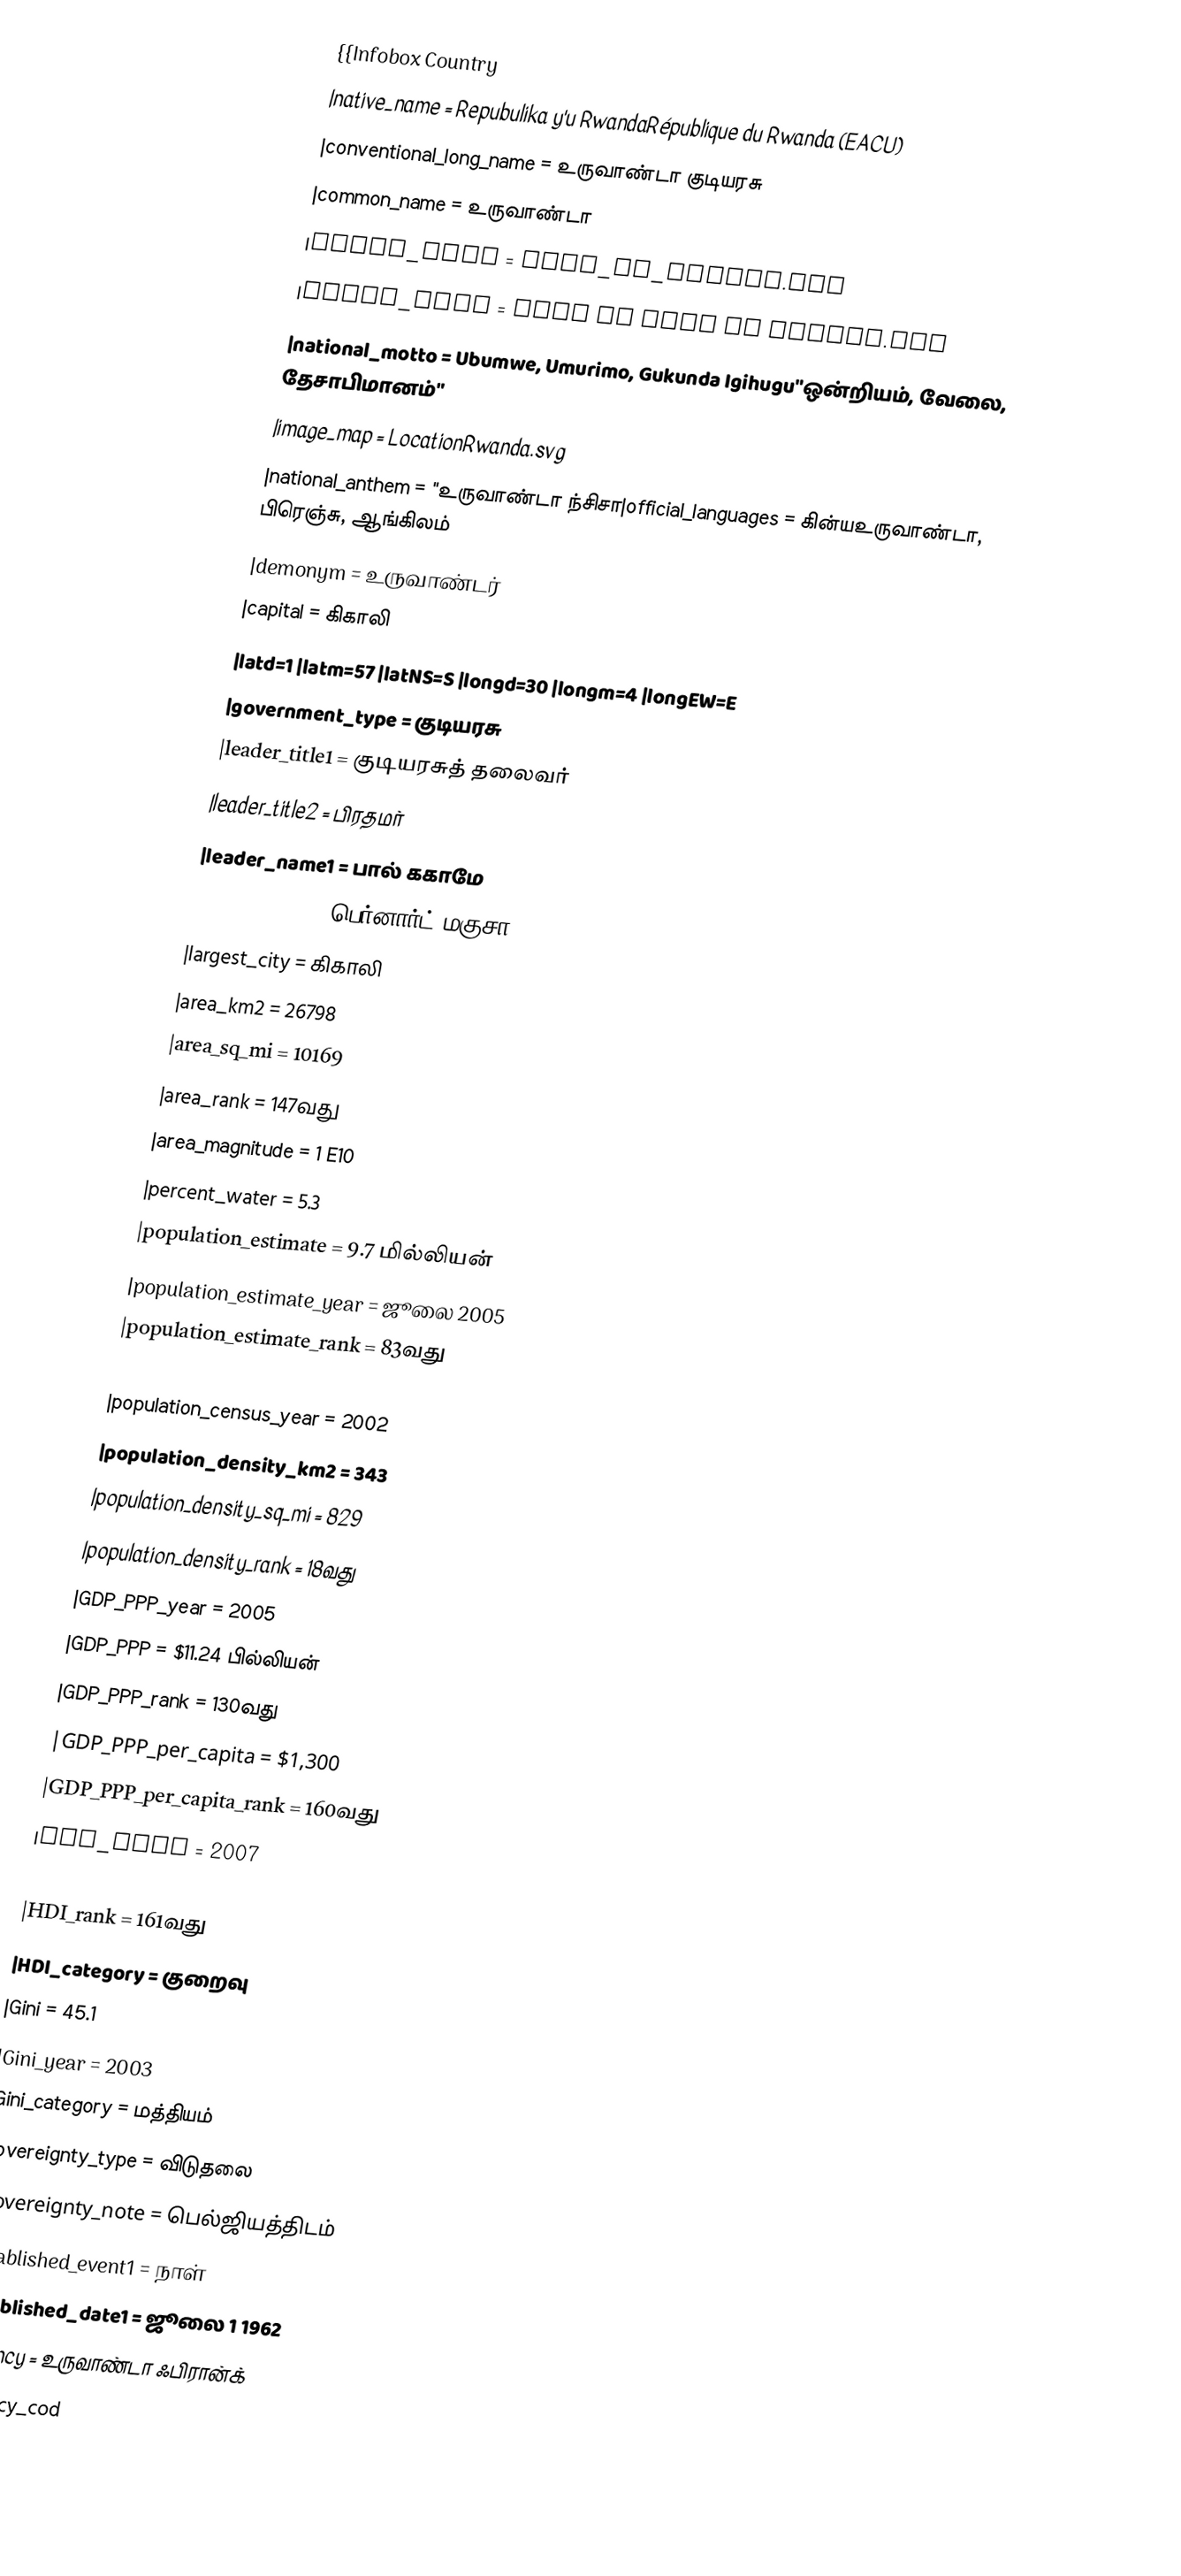
{{Infobox Country
|native_name              = Repubulika y'u RwandaRépublique du Rwanda  (EACU)
|conventional_long_name   = உருவாண்டா குடியரசு
|common_name              = உருவாண்டா
|image_flag               = Flag_of_Rwanda.svg
|image_coat               = Coat of arms of Rwanda.svg
|national_motto           = Ubumwe, Umurimo, Gukunda Igihugu"ஒன்றியம், வேலை, தேசாபிமானம்"
|image_map                = LocationRwanda.svg
|national_anthem          = "உருவாண்டா ந்சிசா|official_languages       = கின்யஉருவாண்டா, பிரெஞ்சு, ஆங்கிலம்
|demonym                  = உருவாண்டர்
|capital                  = கிகாலி
|latd=1 |latm=57 |latNS=S |longd=30 |longm=4 |longEW=E
|government_type          = குடியரசு
|leader_title1            = குடியரசுத் தலைவர்
|leader_title2            = பிரதமர்
|leader_name1             = பால் ககாமே
|leader_name2             = பெர்னார்ட் மகுசா
|largest_city             = கிகாலி
|area_km2                     = 26798
|area_sq_mi                  = 10169
|area_rank                = 147வது
|area_magnitude           = 1 E10
|percent_water            = 5.3
|population_estimate      = 9.7 மில்லியன்
|population_estimate_year = ஜூலை 2005
|population_estimate_rank = 83வது
|population_census        = 8,128,553
|population_census_year   = 2002
|population_density_km2       = 343
|population_density_sq_mi    = 829
|population_density_rank  = 18வது
|GDP_PPP_year             = 2005
|GDP_PPP                  = $11.24 பில்லியன்
|GDP_PPP_rank             = 130வது
|GDP_PPP_per_capita       = $1,300
|GDP_PPP_per_capita_rank  = 160வது
|HDI_year                 = 2007
|HDI                      = 0.452
|HDI_rank                 = 161வது
|HDI_category             = குறைவு
|Gini                     = 45.1
|Gini_year                = 2003
|Gini_category            = மத்தியம்
|sovereignty_type         = விடுதலை
|sovereignty_note         = பெல்ஜியத்திடம்
|established_event1       = நாள்
|established_date1        = ஜூலை 1 1962
|currency                 = உருவாண்டா ஃபிரான்க்
|currency_cod